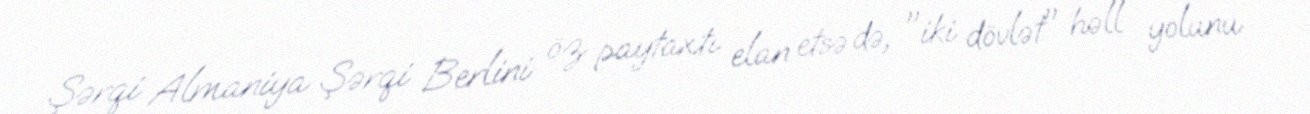
Şərqi Almaniya Şərqi Berlini öz paytaxtı elan etsə də, "iki dövlət" həll yolunu